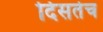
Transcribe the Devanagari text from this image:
दिसतेच